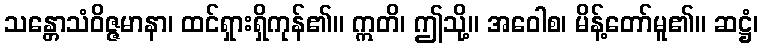
သန္တောသံဝိဇ္ဇမာနာ၊ ထင်ရှားရှိကုန်၏။ ဣတိ၊ ဤသို့။ အဝေါစ၊ မိန့်တော်မူ၏။ ဆဋ္ဌံ၊